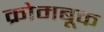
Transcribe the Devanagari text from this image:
क्रोमबूक